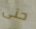
حتى